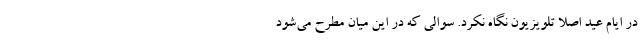
در ایام عید اصلا تلویزیون نگاه نکرد. سوالی که در این میان مطرح می‌شود